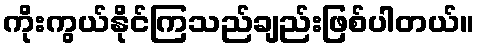
ကိုးကွယ်နိုင်ကြသည်ချည်းဖြစ်ပါတယ်။